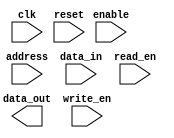
module flash_rom (
    input wire clk,
    input wire reset,
    input wire [31:0] address,
    input wire [31:0] data_in,
    output reg [31:0] data_out,
    input wire read_en,
    input wire write_en,
    input wire enable
);

// Memory array organization
reg [31:0] memory_array [0:4095];

// Control logic for address decoding
always @(posedge clk or posedge reset) begin
    if (reset) begin
        // Reset logic here
    end else begin
        if (enable) begin
            if (read_en) begin
                // Read operation logic here
            end else if (write_en) begin
                // Write operation logic here
            end
        end
    end
end

// Error checking and correction techniques
// Error checking and correction logic here

// Memory interface for external devices
// Memory interface logic here

endmodule